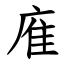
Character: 㢈